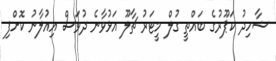
ޝާހިދު ކަޕޫރުގެ ބައްތީ ގުލް މީޓަރު ޗާލޫ އަޅުވާނެ ދުވަސް އިއުލާނު ކޮށްފި